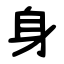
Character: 身